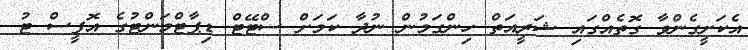
އެކަށީގެންވާ ގޮތެއްގައި ޝަރީއަތް ހިންގަމުން ނުދާ ކަމަށް ސްޓޭޓް ޑިޕާޓްމަންޓުގެ އޮފީސް ޓު